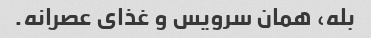
بله، همان سرویس و غذای عصرانه.